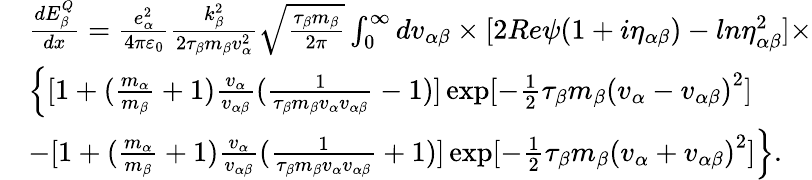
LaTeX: \begin{array}{rl}&{\frac{dE_{\beta}^{Q}}{dx}=\frac{e_{\alpha}^{2}}{4\pi{{\varepsilon}_{0}}}\frac{k_{\beta}^{2}}{2{{\tau}_{\beta}}{{m}_{\beta}}v_{\alpha}^{2}}\sqrt{\frac{{{\tau}_{\beta}}{{m}_{\beta}}}{2\pi}}\int_{0}^{\infty}{d{{v}_{\alpha\beta}}}\times[2Re\psi(1+i{{\eta}_{\alpha\beta}})-ln\eta_{\alpha\beta}^{2}]\times}\\ &{\left\{ [1+(\frac{{{m}_{\alpha}}}{{{m}_{\beta}}}+1)\frac{{{v}_{\alpha}}}{{{v}_{\alpha\beta}}}(\frac{1}{{{\tau}_{\beta}}{{m}_{\beta}}{{v}_{\alpha}}{{v}_{\alpha\beta}}}-1)]\exp[-\frac{1}{2}{{\tau}_{\beta}}{{m}_{\beta}}{{({{v}_{\alpha}}-{{v}_{\alpha\beta}})}^{2}}]\right.}\\ &{\left.-[1+(\frac{{{m}_{\alpha}}}{{{m}_{\beta}}}+1)\frac{{{v}_{\alpha}}}{{{v}_{\alpha\beta}}}(\frac{1}{{{\tau}_{\beta}}{{m}_{\beta}}{{v}_{\alpha}}{{v}_{\alpha\beta}}}+1)]\exp[-\frac{1}{2}{{\tau}_{\beta}}{{m}_{\beta}}{{({{v}_{\alpha}}+{{v}_{\alpha\beta}})}^{2}}]\right\} .}\end{array}